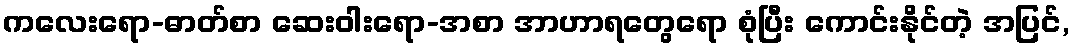
ကလေးရော-ဓာတ်စာ ဆေးဝါးရော-အစာ အာဟာရတွေရော စုံပြီး ကောင်းနိုင်တဲ့ အပြင်,